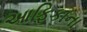
આફિકાના